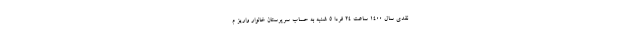
نقدی سال ۱۴۰۰ ساعت ۲۴ فردا ۵ شنبه به حساب سرپرستان خانوار واریز م